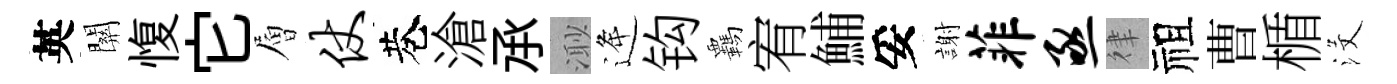
英關愎它層仗巷滄𠄘𣺌逄钩覊宥鯆妥謝菲亟律祖曹楯沒